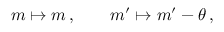
m \mapsto m \, , \qquad m ^ { \prime } \mapsto m ^ { \prime } - \theta \, ,